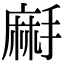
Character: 𪎚